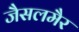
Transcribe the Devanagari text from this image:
जैसलमैर